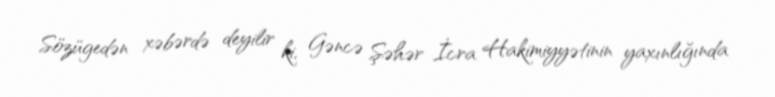
Sözügedən xəbərdə deyilir ki, Gəncə Şəhər İcra Hakimiyyətinin yaxınlığında